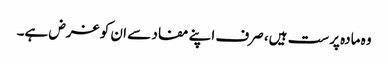
وہ مادہ پرست ہیں، صرف اپنے مفاد سے ان کو غرض ہے۔